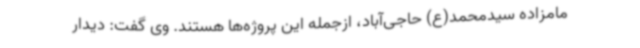
مامزاده سیدمحمد(ع) حاجی‌آباد، ازجمله این پروژه‌ها هستند. وی گفت: دیدار